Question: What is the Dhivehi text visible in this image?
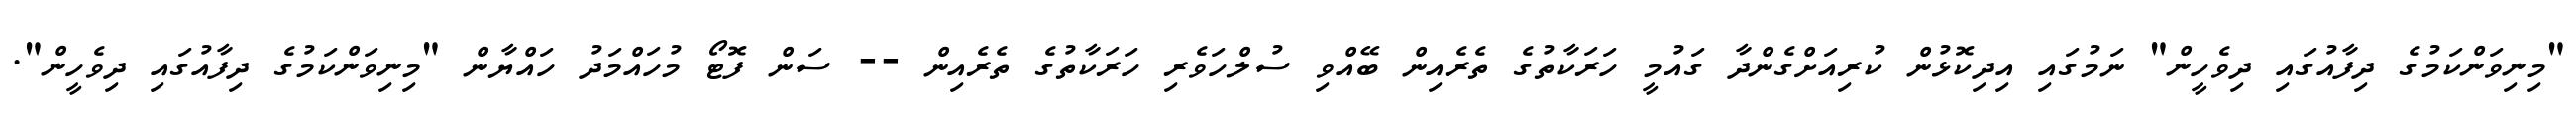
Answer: "މިނިވަންކަމުގެ ދިފާއުގައި ދިވެހީން" ނަމުގައި އިދިކޮޅުން ކުރިއަށްގެންދާ ގައުމީ ހަރަކާތުގެ ތެރެއިން ބޭއްވި ސުލްހަވެރި ހަރަކާތުގެ ތެރެއިން -- ސަން ފޮޓޯ މުހައްމަދު ހައްޔާން "މިނިވަންކަމުގެ ދިފާއުގައި ދިވެހީން".